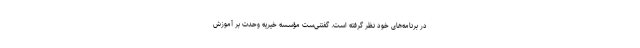
در برنامه‌های خود نظر گرفته است. گفتنی‌ست مؤسسه خیریه وحدت بر آموزش